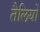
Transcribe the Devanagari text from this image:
तैलियों